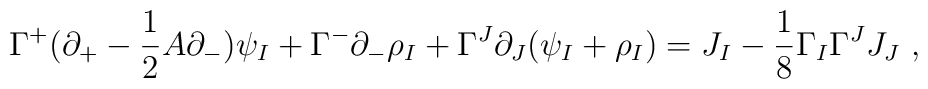
\Gamma^+ ( \partial_+ - \frac{1}{2} A \partial_- ) \psi_I       + \Gamma^- \partial_- \rho_I       + \Gamma^J \partial_J (\psi_I + \rho_I) = J_I - \frac{1}{8} \Gamma_I \Gamma^J J_J ~,